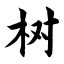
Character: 树